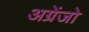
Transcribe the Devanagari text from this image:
अग्रेंजो